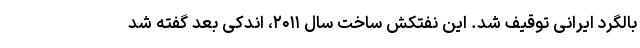
بالگرد ایرانی توقیف شد. این نفتکش ساخت سال ۲۰۱۱، اندکی بعد گفته شد